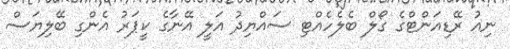
ނިއު ރޭޑިއަންޓްގެ ގޯލް ބެލެހެއްޓި ސައްޔިދު އަލީ އޭނާގެ ކީޕަރު އެންގި ބޭލިޔަސް